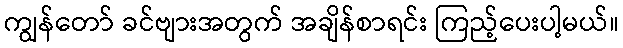
ကျွန်တော် ခင်ဗျားအတွက် အချိန်စာရင်း ကြည့်ပေးပါ့မယ်။